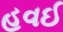
હવઈ